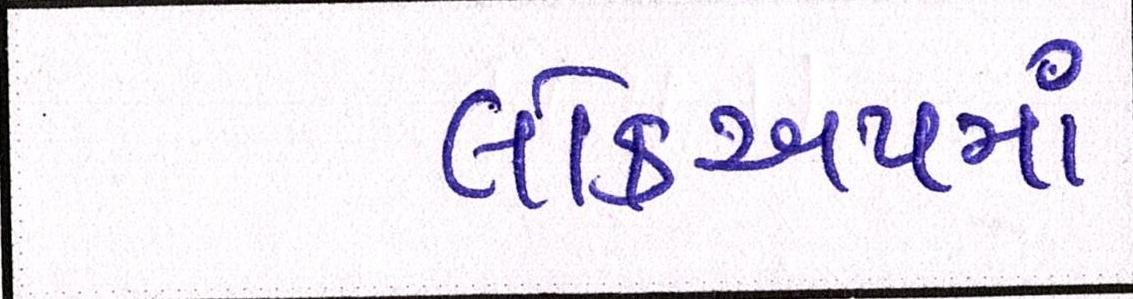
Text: લોકઅપમાં